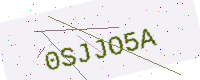
Text: 0SJJO5A